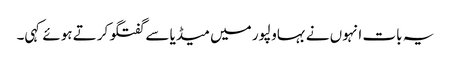
یہ بات انہوں نے بہاولپور میں میڈیا سے گفتگو کرتے ہوئے کہی۔